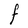
Character: F